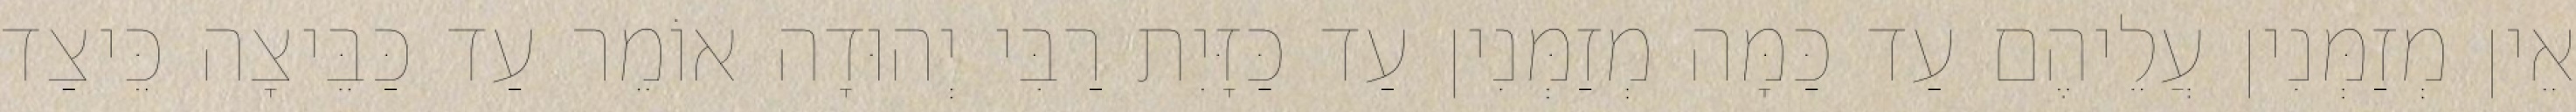
אֵין מְזַמְּנִין עֲלֵיהֶם עַד כַּמָּה מְזַמְּנִין עַד כַּזָּיִת רַבִּי יְהוּדָה אוֹמֵר עַד כַּבֵּיצָה כֵּיצַד